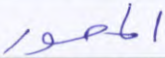
المحور